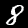
Label: 8